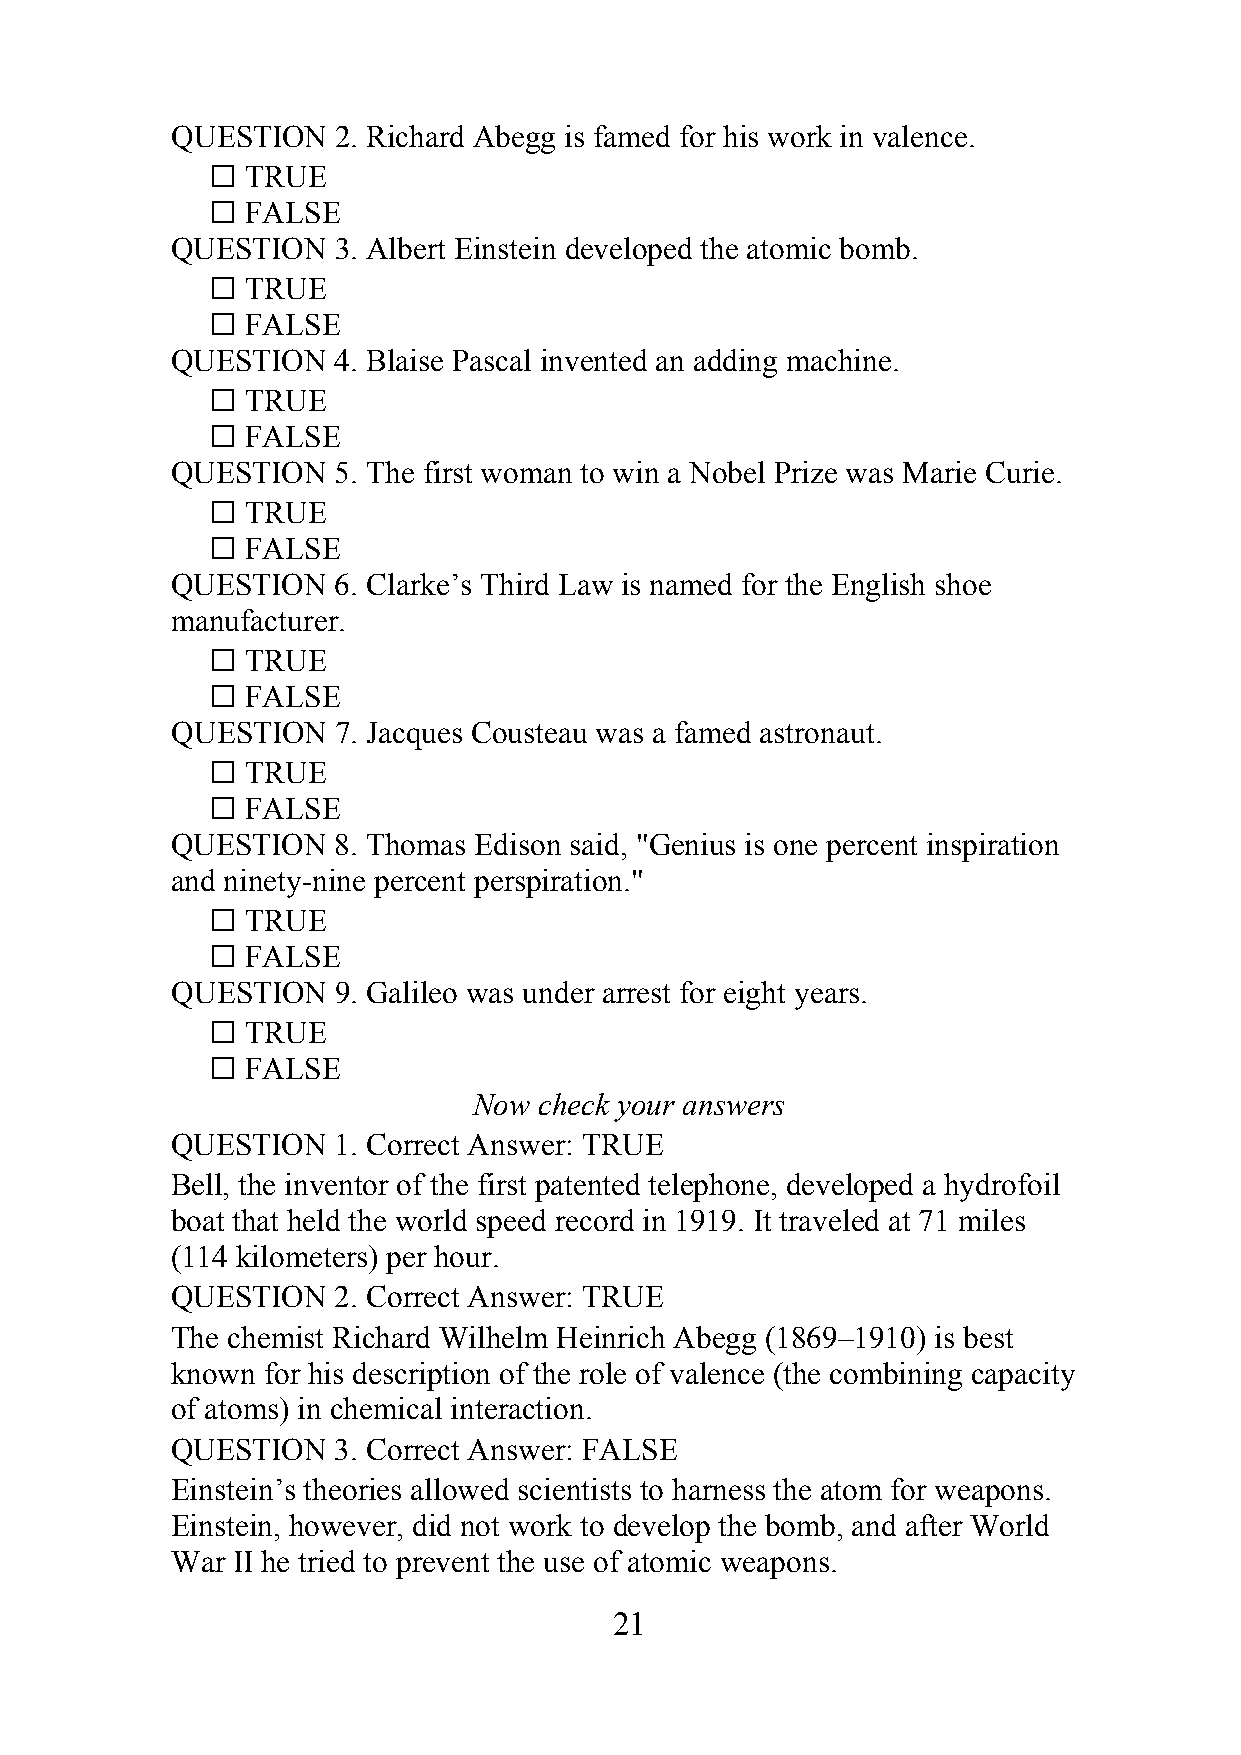
QUESTION   2. Richard Abegg is famed for his work in valence.
  TRUE
  FALSE
 QUESTION   3. Albert Einstein developed the atomic bomb.
  TRUE
  FALSE
 QUESTION   4. Blaise Pascal invented an adding machine.
  TRUE
  FALSE
 QUESTION   5. The first woman to win a Nobel Prize was Marie Curie.
  TRUE
  FALSE
 QUESTION   6. Clarke’s Third Law is named for the English shoe
 manufacturer.
  TRUE
  FALSE
 QUESTION   7. Jacques Cousteau was a famed astronaut.
  TRUE
  FALSE
 QUESTION   8. Thomas Edison said, "Genius is one percent inspiration
 and ninety-nine percent perspiration."
  TRUE
  FALSE
 QUESTION   9. Galileo was under arrest for eight years.
  TRUE
  FALSE
 Now  check your answers
 QUESTION   1. Correct Answer: TRUE
 Bell, the inventor of the first patented telephone, developed a hydrofoil
 boat that held the world speed record in 1919. It traveled at 71 miles
 (114 kilometers) per hour.
 QUESTION   2. Correct Answer: TRUE
 The chemist Richard Wilhelm Heinrich Abegg (1869–1910) is best
 known for his description of the role of valence (the combining capacity
 of atoms) in chemical interaction.
 QUESTION   3. Correct Answer: FALSE
 Einstein’s theories allowed scientists to harness the atom for weapons.
 Einstein, however, did not work to develop the bomb, and after World
 War II he tried to prevent the use of atomic weapons.
 21